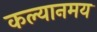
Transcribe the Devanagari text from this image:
कल्यानमय